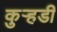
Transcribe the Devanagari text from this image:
कुऱ्हडी